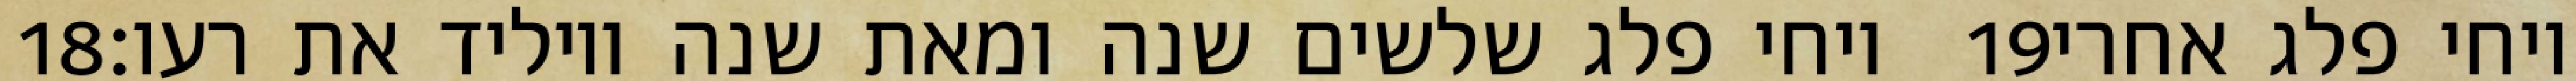
‎18‏ ויחי פלג שלשים שנה ומאת שנה ויוליד את רעו׃ ‎19‏ ויחי פלג אחרי